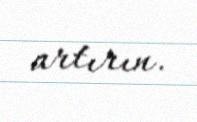
artırın.